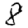
Digit: 8